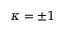
\kappa = \pm 1